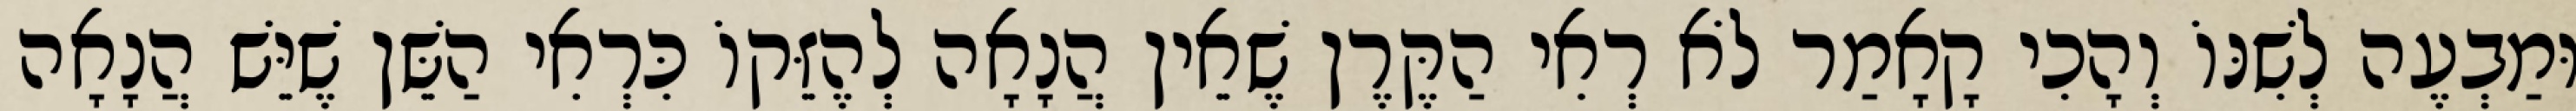
וּמַבְעֶה לְשִׁנּוֹ וְהָכִי קָאָמַר לֹא רְאִי הַקֶּרֶן שֶׁאֵין הֲנָאָה לְהֶזֵּקוֹ כִּרְאִי הַשֵּׁן שֶׁיֵּשׁ הֲנָאָה